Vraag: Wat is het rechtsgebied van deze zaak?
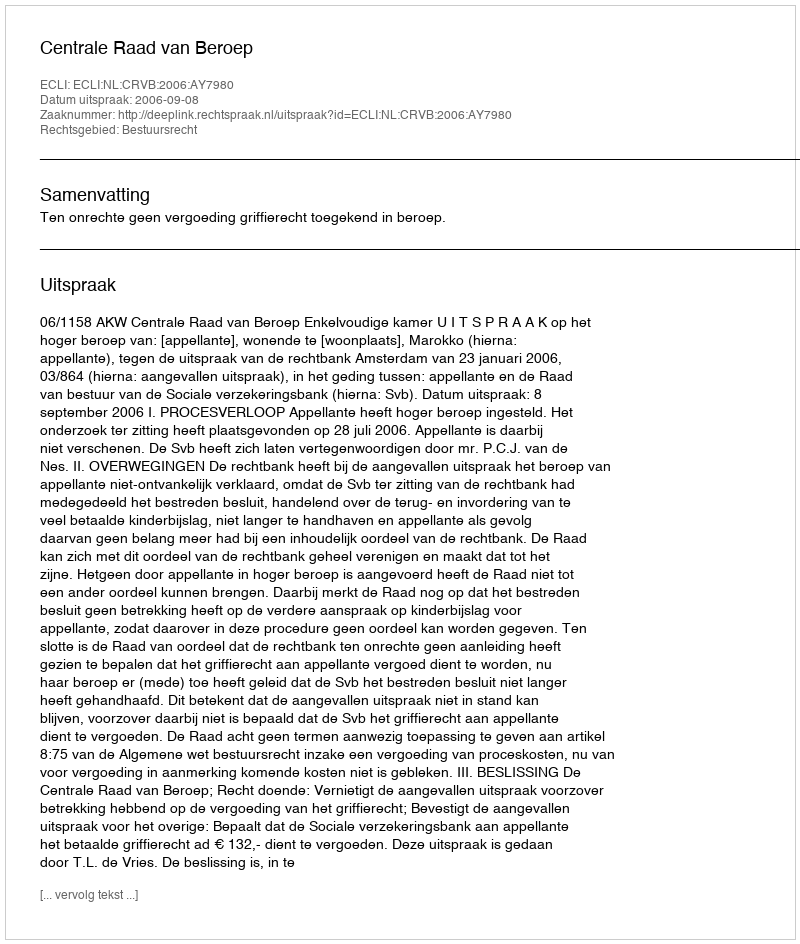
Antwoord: Bestuursrecht